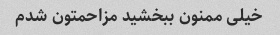
خیلی ممنون ببخشید مزاحمتون شدم